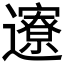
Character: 𬩪